Mental hospitals Bombay report 1929-33 - 1929-1933
Year: 1929
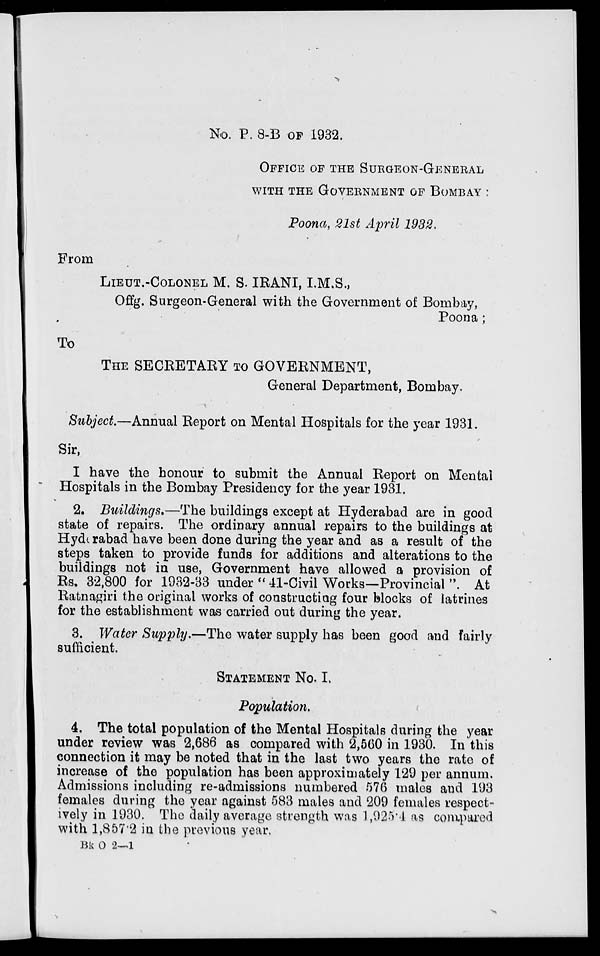
No. P. 8-B OF 1932.
OFFICE OF THE SURGEON-GENERAL
WITH THE GOVERNMENT OF BOMBAY :
Poona, 21st April 1932.
From
LIEUT.-COLONEL M. S. IRANI, I.M.S.,
Offg. Surgeon-General with the Government of Bombay,
Poona ;
To
THE SECRETARY TO GOVERNMENT,
General Department, Bombay.
Subject.—Annual Report on Mental Hospitals for the year 1931.
Sir,
I have the honour to submit the Annual Report on Mental
Hospitals in the Bombay Presidency for the year 1931.
2. Buildings.—The buildings except at Hyderabad are in good
state of repairs. The ordinary annual repairs to the buildings at
Hyderabad have been done during the year and as a result of the
steps taken to provide funds for additions and alterations to the
buildings not in use, Government have allowed a provision of
Rs. 32,800 for 1932-33 under " 41-Civil Works—Provincial ". At
Ratnagiri the original works of constructing four blocks of latrines
for the establishment was carried out during the year.
3. Water Supply.—The water supply has been good and fairly
sufficient.
STATEMENT NO. I.
Population.
4. The total population of the Mental Hospitals during the year
under review was 2,686 as compared with 2,560 in 1930. In this
connection it may be noted that in the last two years the rate of
increase of the population has been approximately 129 per annum.
Admissions including re-admissions numbered 576 males and 193
females during the year against 583 males and 209 females respect-
ively in 1930. The daily average strength was 1,925.4 as compared
with 1,857.2 in the previous year.
Bk O 2—1